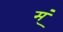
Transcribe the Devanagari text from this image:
म्ं